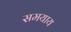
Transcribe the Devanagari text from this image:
समयाय